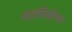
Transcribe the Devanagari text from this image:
तहसिलीच्या